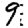
Digit: 9